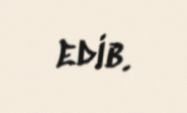
edib.